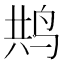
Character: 𮭥